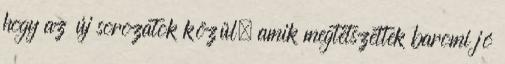
hogy az új sorozatok közül, amik megtetszettek baromi jó